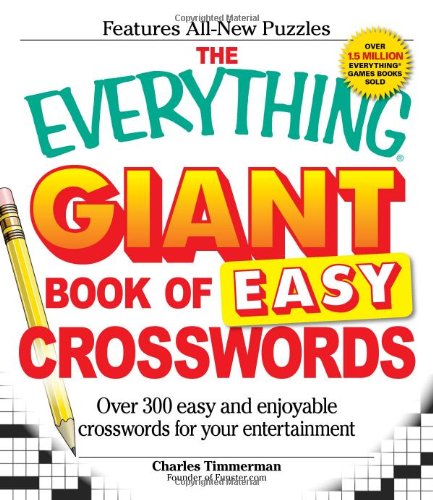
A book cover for The Everything Giant Book of Easy Crosswords: Over 300 easy and enjoyable crosswords for your entertainment; Charles Timmerman; Humor & Entertainment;